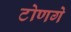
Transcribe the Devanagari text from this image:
टोणगे